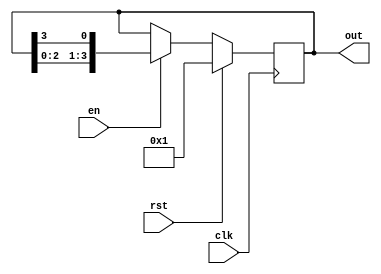
module ring_counter #(parameter N = 4) (
    input wire clk,          // Clock signal
    input wire rst,          // Synchronous reset signal
    input wire en,           // Enable signal
    output reg [N-1:0] out   // Output representing the state of the ring counter
);

    // Initial state
    initial begin
        out = 1'b1; // Start with a single '1' in the first position
    end

    // Always block triggered on the rising edge of the clock
    always @(posedge clk) begin
        if (rst) begin
            out <= 1'b1; // Reset state to '100...0'
        end else if (en) begin
            // Shift the '1' token to the left and wrap around
            out <= {out[N-2:0], out[N-1]}; // Shift left and loop the last bit to the first position
        end
    end

endmodule